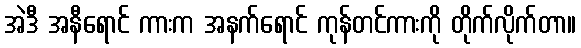
အဲဒီ အနီရောင် ကားက အနက်ရောင် ကုန်တင်ကားကို တိုက်လိုက်တာ။